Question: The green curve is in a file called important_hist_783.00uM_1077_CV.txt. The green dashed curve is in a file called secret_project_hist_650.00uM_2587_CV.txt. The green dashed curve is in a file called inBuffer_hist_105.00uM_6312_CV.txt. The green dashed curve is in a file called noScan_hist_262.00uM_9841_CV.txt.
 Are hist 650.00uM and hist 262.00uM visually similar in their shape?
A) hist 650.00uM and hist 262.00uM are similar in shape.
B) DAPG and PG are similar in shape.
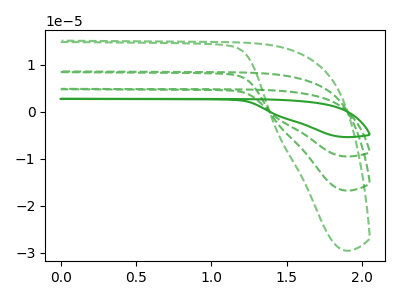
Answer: <think>The green curve "hist 783.00uM" has no peaks. The green dashed curve "hist 650.00uM" has no peaks. The green dashed curve "hist 105.00uM" has no peaks. The green dashed curve "hist 262.00uM" has no peaks.
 Neither "hist 650.00uM" or "hist 262.00uM" have any peaks.</think>
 <answer>A) "hist 650.00uM" and "hist 262.00uM" are similar in shape.</answer>
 <eval>A</eval>